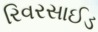
રિવરસાઈડ